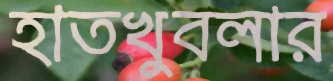
হাতখুবলার